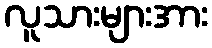
လူသားများအား